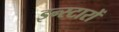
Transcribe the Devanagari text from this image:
इन्स्टारों